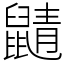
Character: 鼱